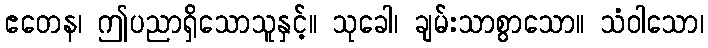
ဧတေန၊ ဤပညာရှိသောသူနှင့်။ သုခေါ၊ ချမ်းသာစွာသော။ သံဝါသော၊